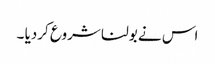
اس نے بولنا شروع کردیا ۔